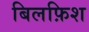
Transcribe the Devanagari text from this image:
बिलफ़िश